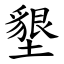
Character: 墾